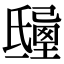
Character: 𣱒